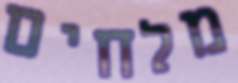
מלחים